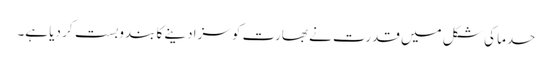
حدما کی شکل میں قدرت نے بھارت کو سزا دینے کا بندوبست کر دیا ہے۔